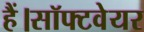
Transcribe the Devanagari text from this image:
हैं।सॉफ्टवेयर